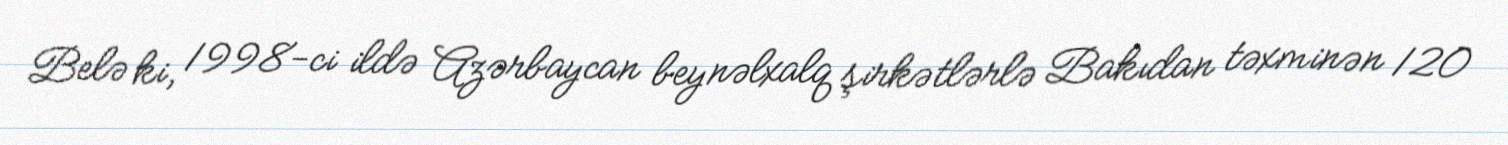
Belə ki, 1998-ci ildə Azərbaycan beynəlxalq şirkətlərlə Bakıdan təxminən 120